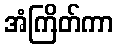
အံကြိတ်ကာ